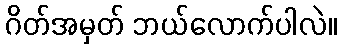
ဂိတ်အမှတ် ဘယ်လောက်ပါလဲ။